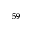
_ { 5 9 }